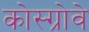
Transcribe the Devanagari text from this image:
कोस्ग्रोवे